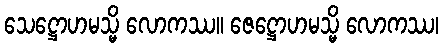
သေဋ္ဌောဟမသ္မိ လောကဿ။ ဇေဋ္ဌောဟမသ္မိ လောကဿ၊